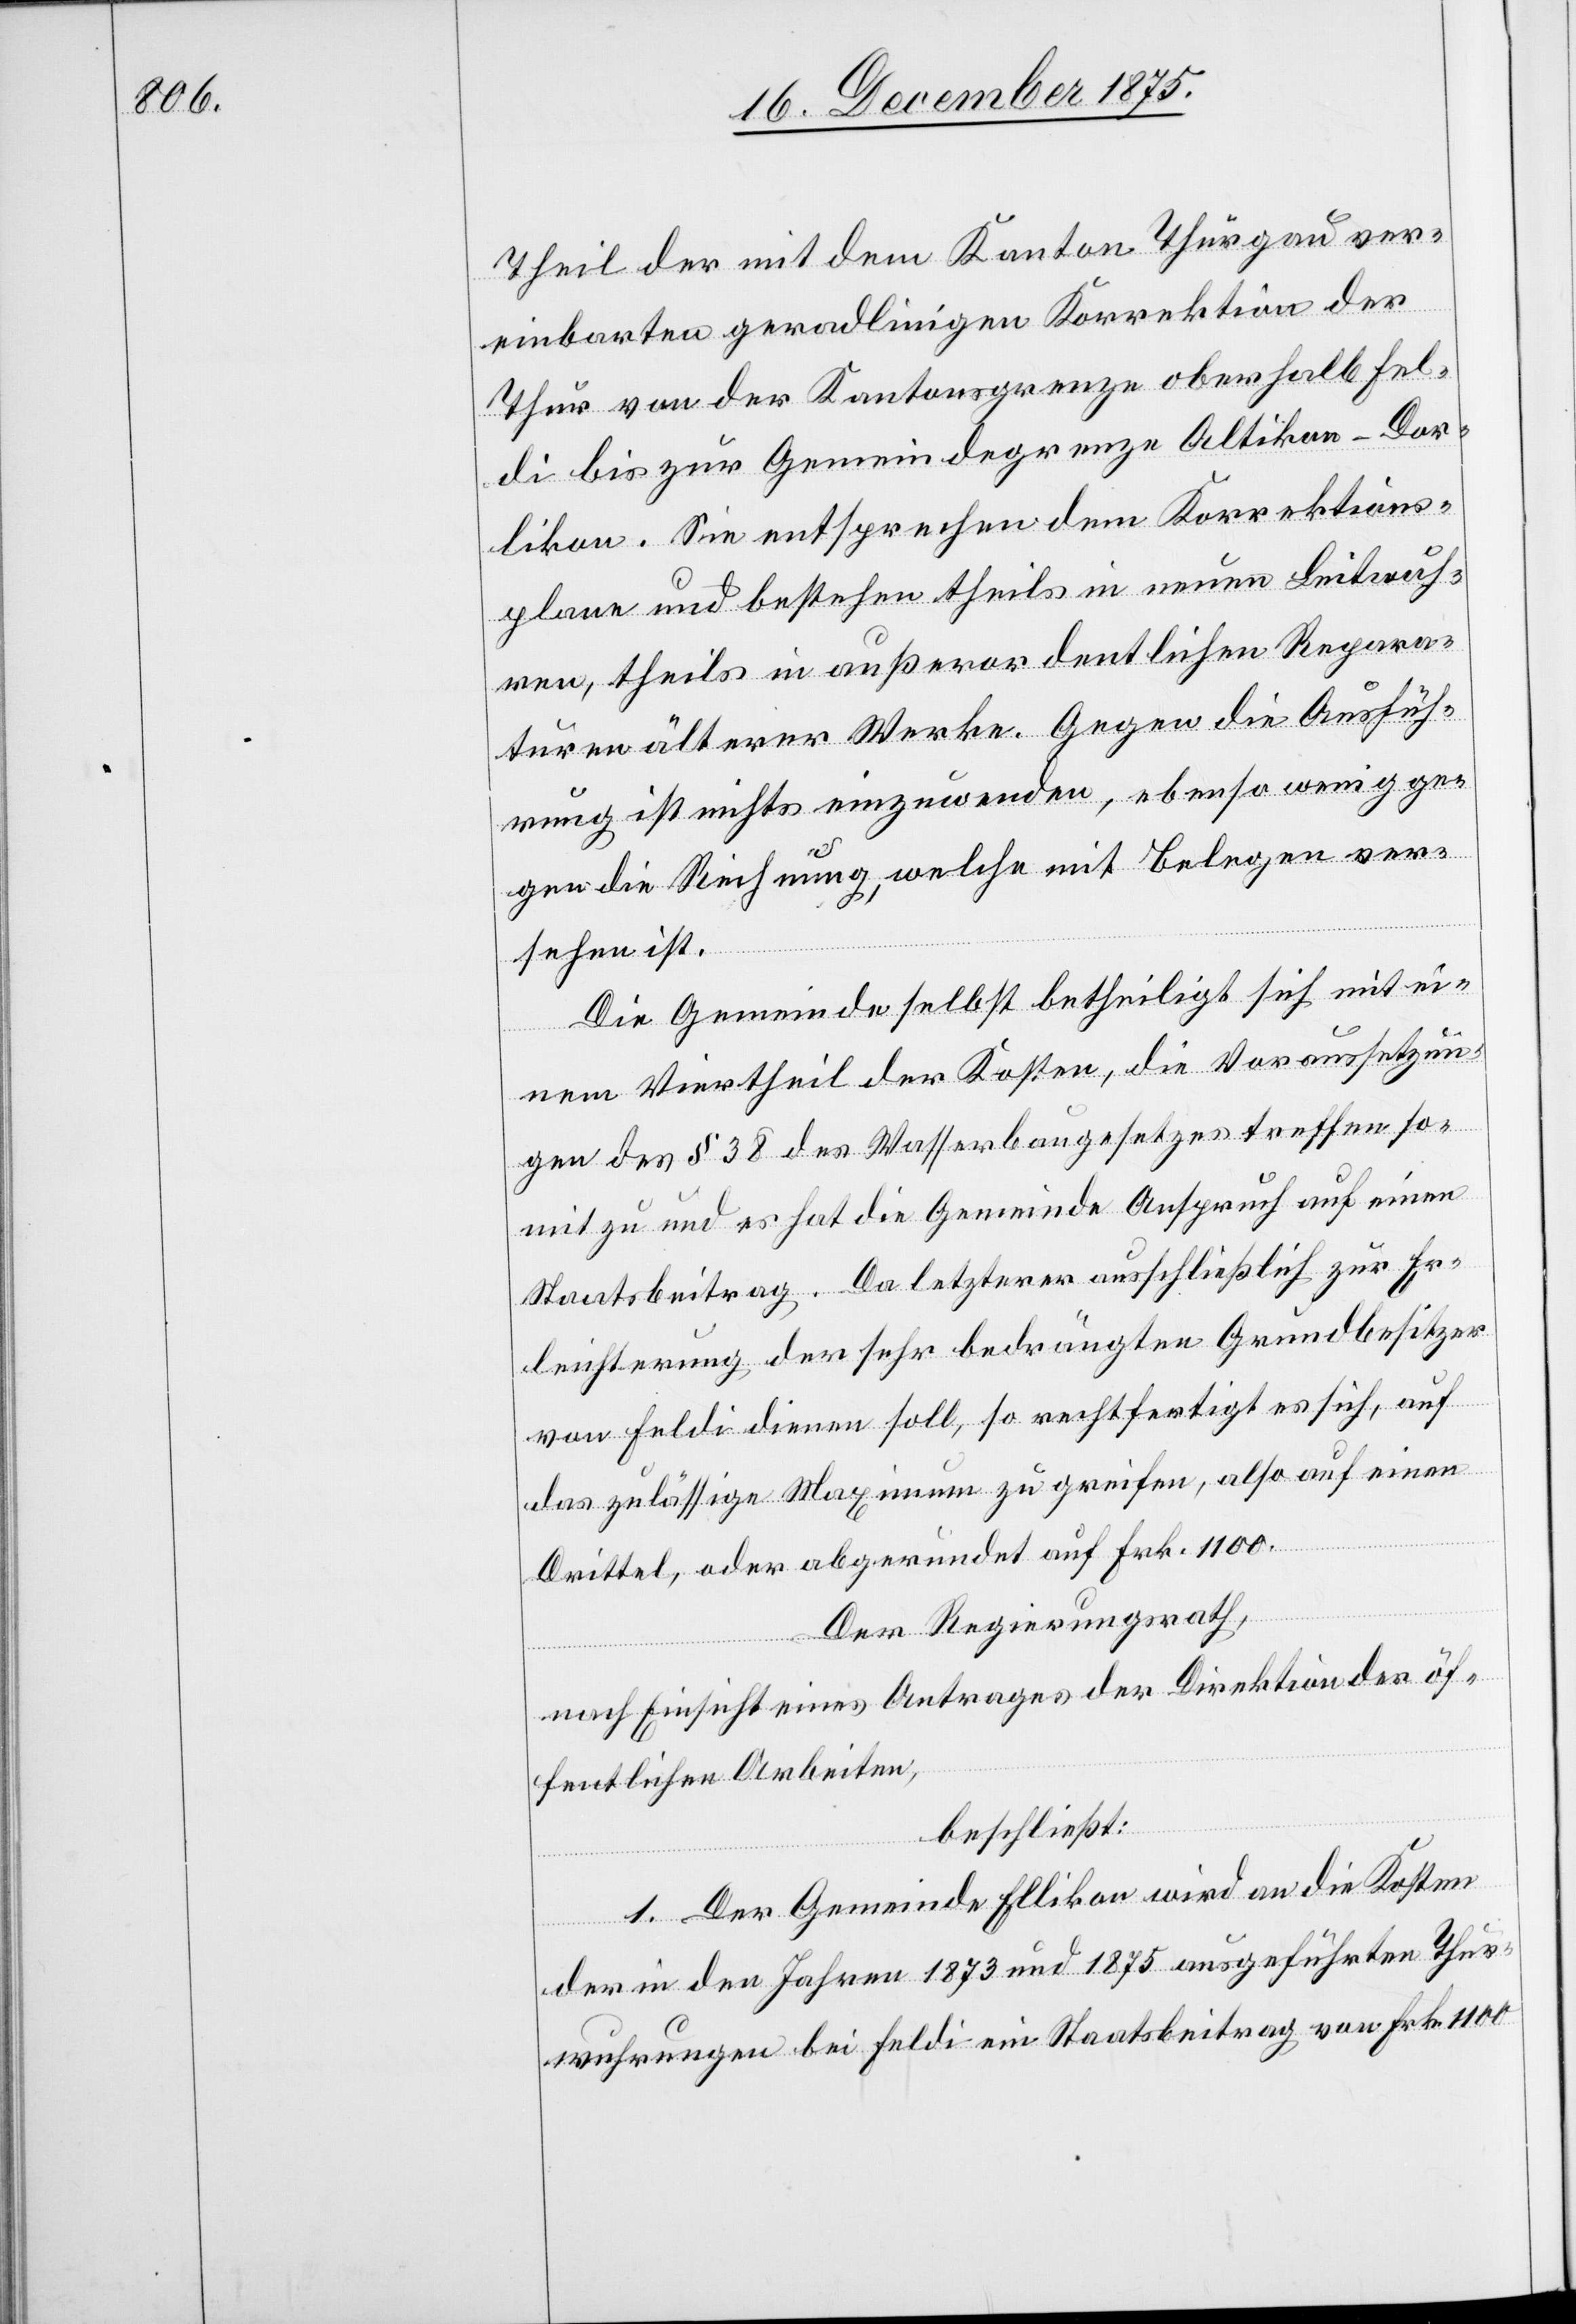
Theil der mit dem Kanton Thurgau ver¬
einbarten geradlinigen Korrektion der
Thur von der Kantonsgrenze oberhalb Fel¬
di bis zur Gemeindegrenze Altikon-Dor¬
likon. Sie entsprechen dem Korrektions¬
plane und bestehen theils in neuen Leitwuh¬
ren, theils in außerordentlichen Repara¬
turen älterer Werke. Gegen die Ausfüh¬
rung ist nichts einzuwenden, ebenso wenig ge¬
gen die Rechnung, welche mit Belegen ver¬
sehen ist.
Die Gemeinde selbst betheiligt sich mit ei¬
nem Viertheil der Kosten, die Voraussetzun¬
gen des § 38 des Wasserbaugesetzes treffen so¬
mit zu und es hat die Gemeinde Anspruch auf einen
Staatsbeitrag. Da letzterer ausschließlich zur Er¬
leichterung der sehr bedrängten Grundbesitzer
von Feldi dienen soll, so rechtfertigt es sich, auf
das zulässige Maximum zu greifen, also auf einen
Drittel, oder abgerundet auf Frk. 1100.
Der Regierungsrath,
nach Einsicht eines Antrages der Direktion der öf¬
fentlichen Arbeiten,
beschließt:
1. Der Gemeinde Ellikon wird an die Kosten
der in den Jahren 1873 und 1875 ausgeführten Thur¬
wuhrungen bei Feldi ein Staatsbeitrag von Frk. 1100